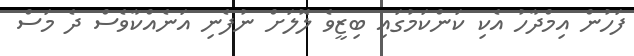
ފަހުން އިމްދާހު އެކި ކަންކަމުގައި ބިޒީވެ ލޮލަށް ނުފެނި އަނެއްކާވެސް ދެ މަސް